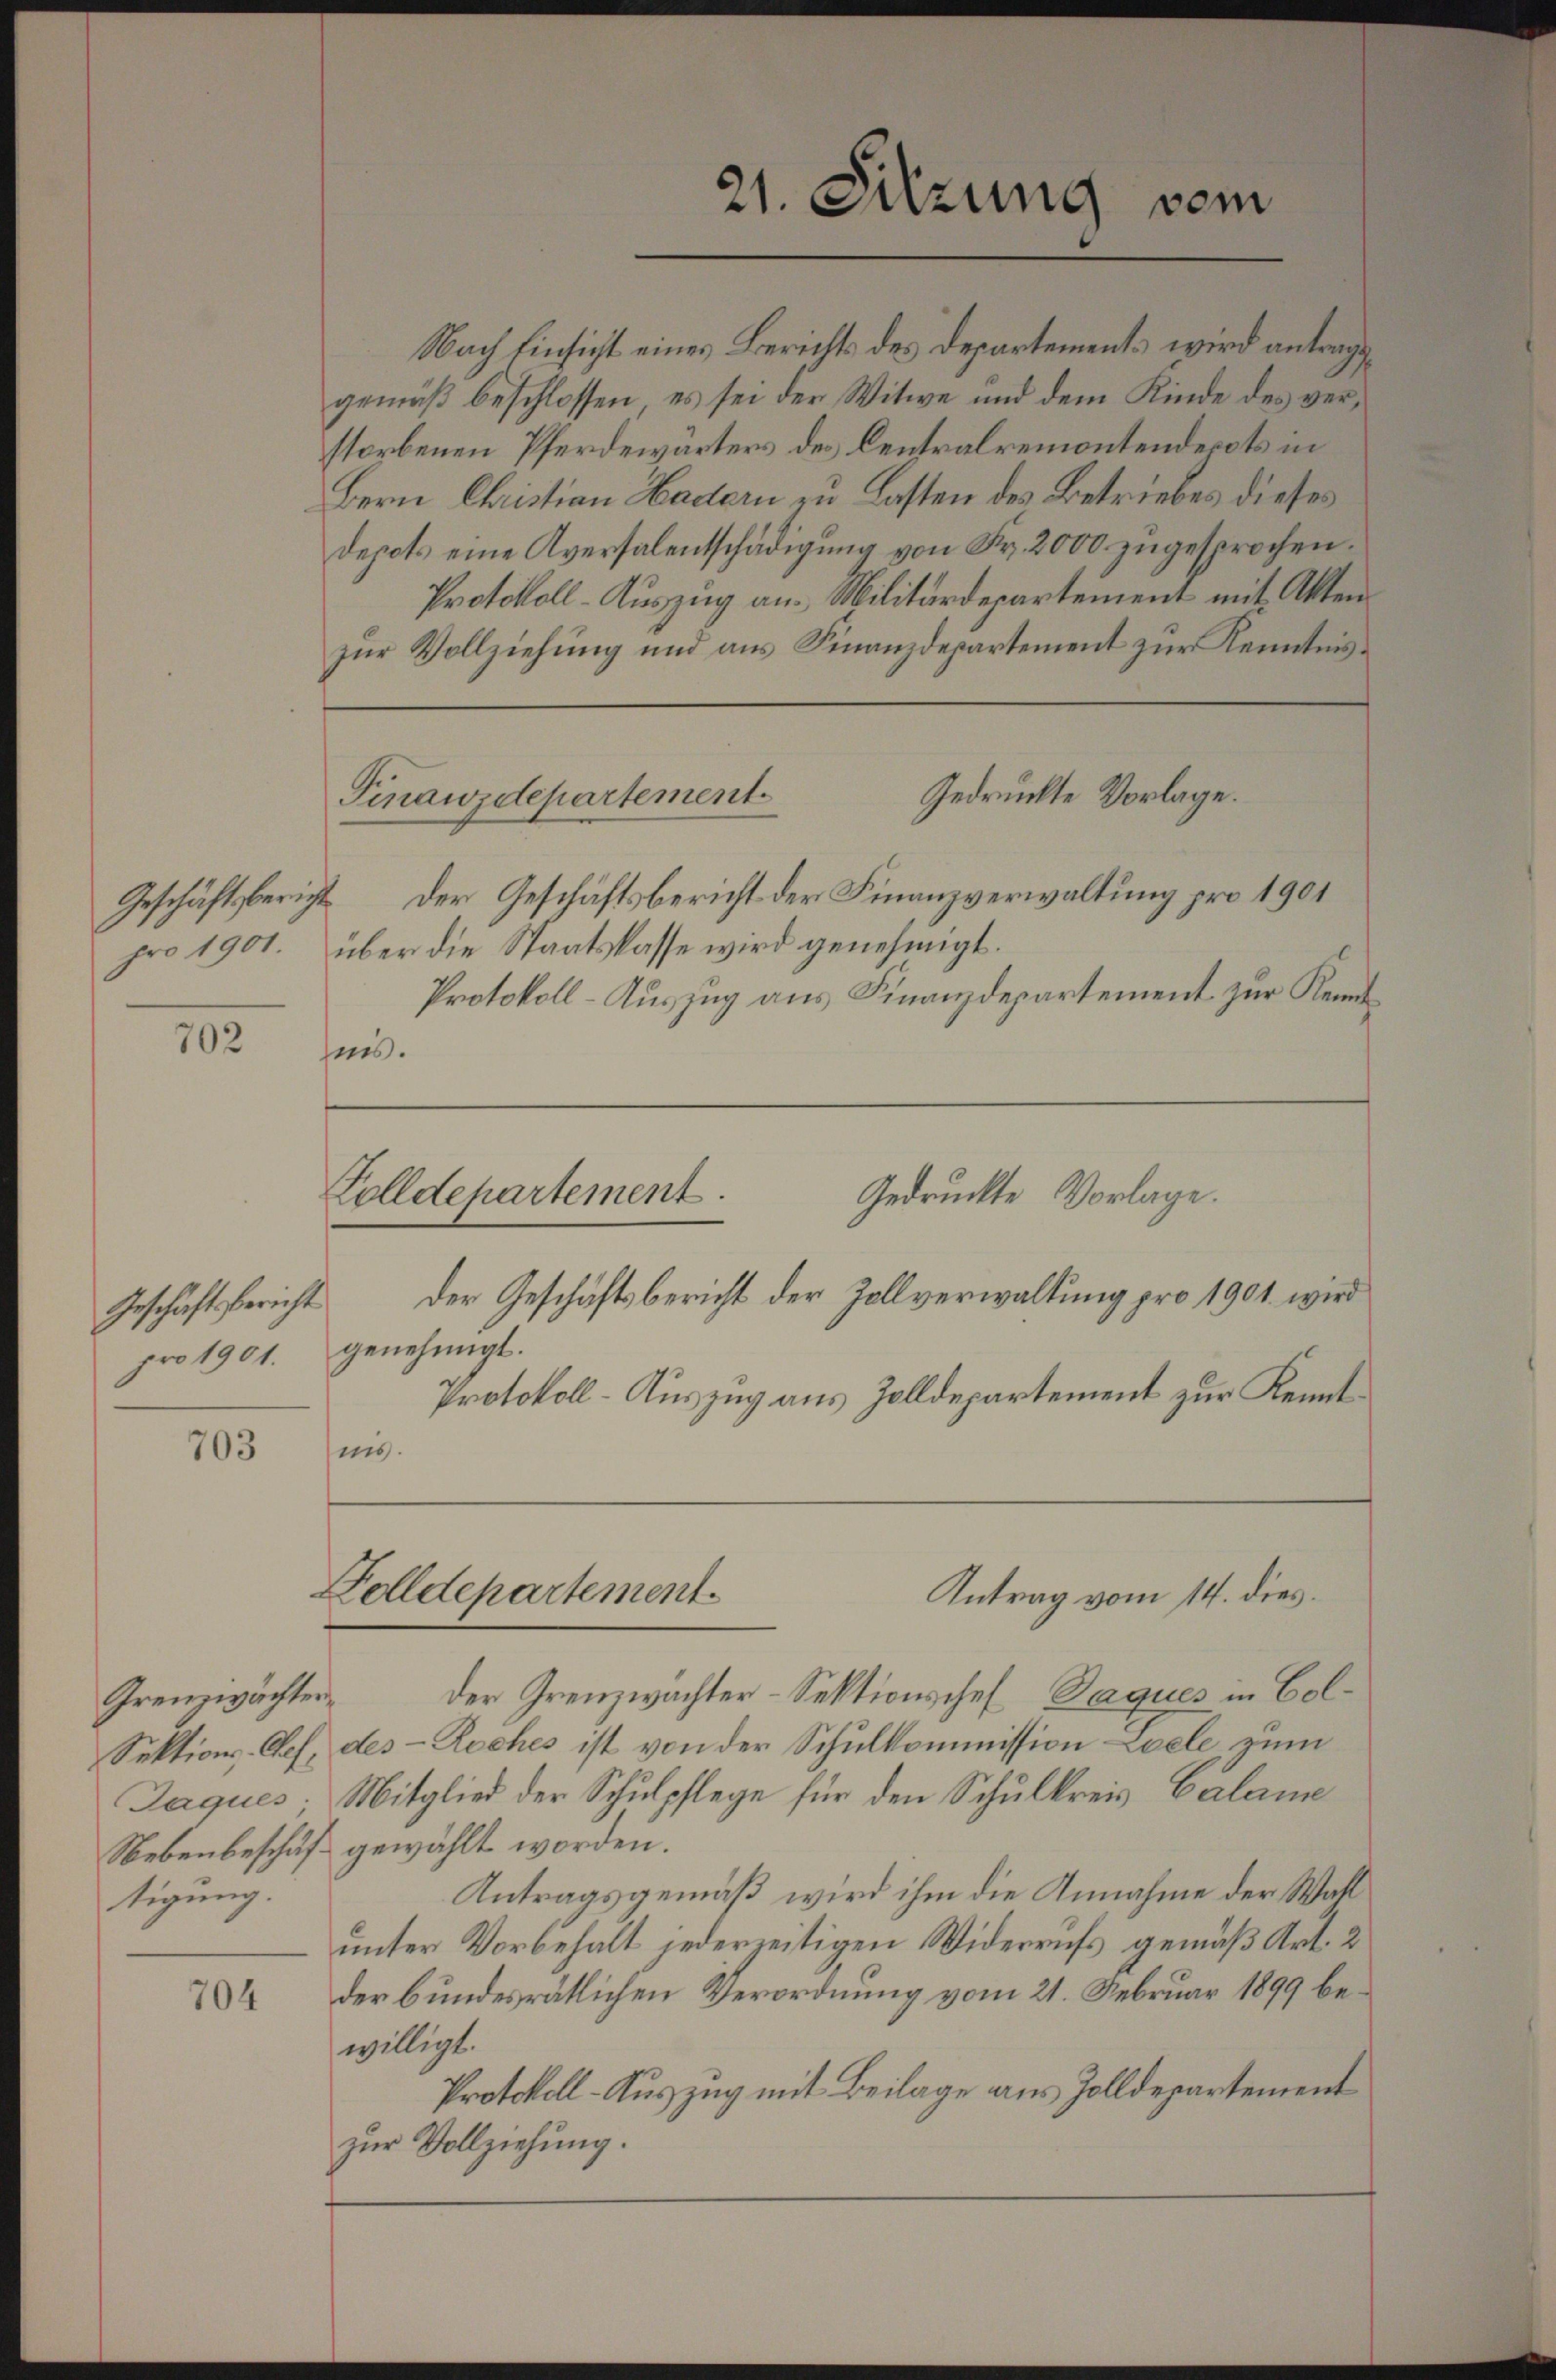
pro 1901.

702

Geschäftsbericht
pro 1901.

703

Grenzwachten
tigung.

704

zur Vollziehung und aus Finanzdepartement zur Kenntnis¬

Nach Einsicht eines Berichts des Departements wird antragsgemäß beschlossen, es sei der Witwe und dem Kinde des verstorbenen Pferdewärters des Centralremontendepots in
Bern Christian Hadern zu Lasten des Betriebes dieses
depots eine Aversalentschädigŭng von Fr. 2000 zŭgesprochen.
Protokoll-Auszug an Militärdepartement mit Akten¬
Gedruckte Vorlage.
Finanzdepartement
Geschäftsbericht der Geschäftsbericht der Finanzverwaltung pro 1901
über die Staatskasse wird genehmigt.
Protokoll-Auszug aus Finanzdepartement zur Kenntsis.

Gedruckte Vorlage.
Zolldepartement.

Der Geschäftsbericht der Zollverwaltung pro 1901 wird
genehmigt.
Protokoll-Auszug aus Zolldepartement zur Kenntnis.

Zolldepartement

21. Sitzung vom

der Grenzwächter-Sektionschef Paques in Col¬
Sektions-Chef, des - Roches ist von der Schulkommission Loele zum
Jaques, Mitglied der Schulpflege für den Schulkreis, Calame
Nebenbeschäft gewählt worden.
Antragsgemäß wird ihm die Annahme der Wall
unter Vorbehalt jederzeitigen Widerrufs gemäß Art. 2
der bundesrätlichen Verordnung vom 21. Februar 1899 bewilligt.
Protokoll-Auszug mit Beilage aus Zolldepartement
zur Vollziehung.

Antrag vom 14. dies